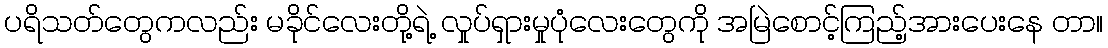
ပရိသတ်တွေကလည်း မခိုင်လေးတို့ရဲ့ လှုပ်ရှားမှုပုံလေးတွေကို အမြဲစောင့်ကြည့်အားပေးနေ တာ။